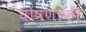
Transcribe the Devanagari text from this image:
घोषणाकी